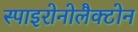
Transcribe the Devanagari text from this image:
स्पाइरोनोलैक्टोन